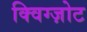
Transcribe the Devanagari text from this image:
क्विग्ज़ोट